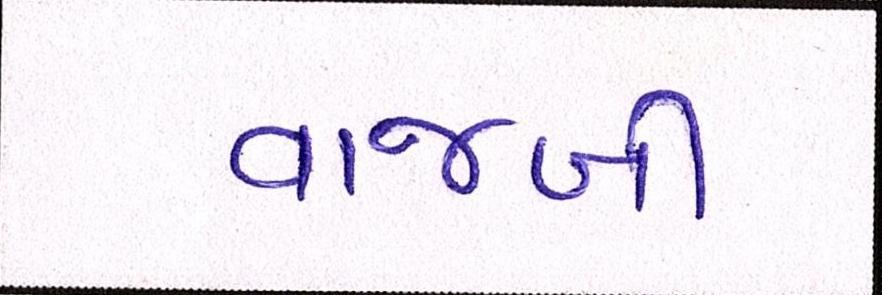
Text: વાજબી